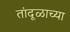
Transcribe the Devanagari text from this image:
तांदूळाच्या